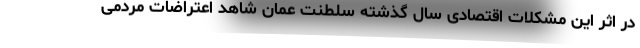
در اثر این مشکلات اقتصادی سال گذشته سلطنت عمان شاهد اعتراضات مردمی